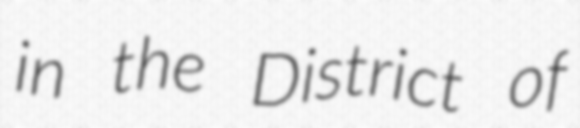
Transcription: in the District of